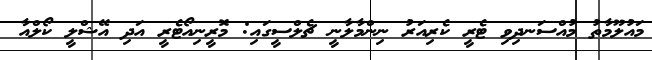
މައުލޫމާތު މުއްސަނދިވި ޓެރީ ކެރިއަރު ނިންމާލާނީ ޗެލްސީގައި: މޮރީނިއޯޓެރީ އަދި އޭޝްލީ ކޯލްއާ